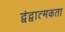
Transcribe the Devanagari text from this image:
द्वंद्वात्मकता